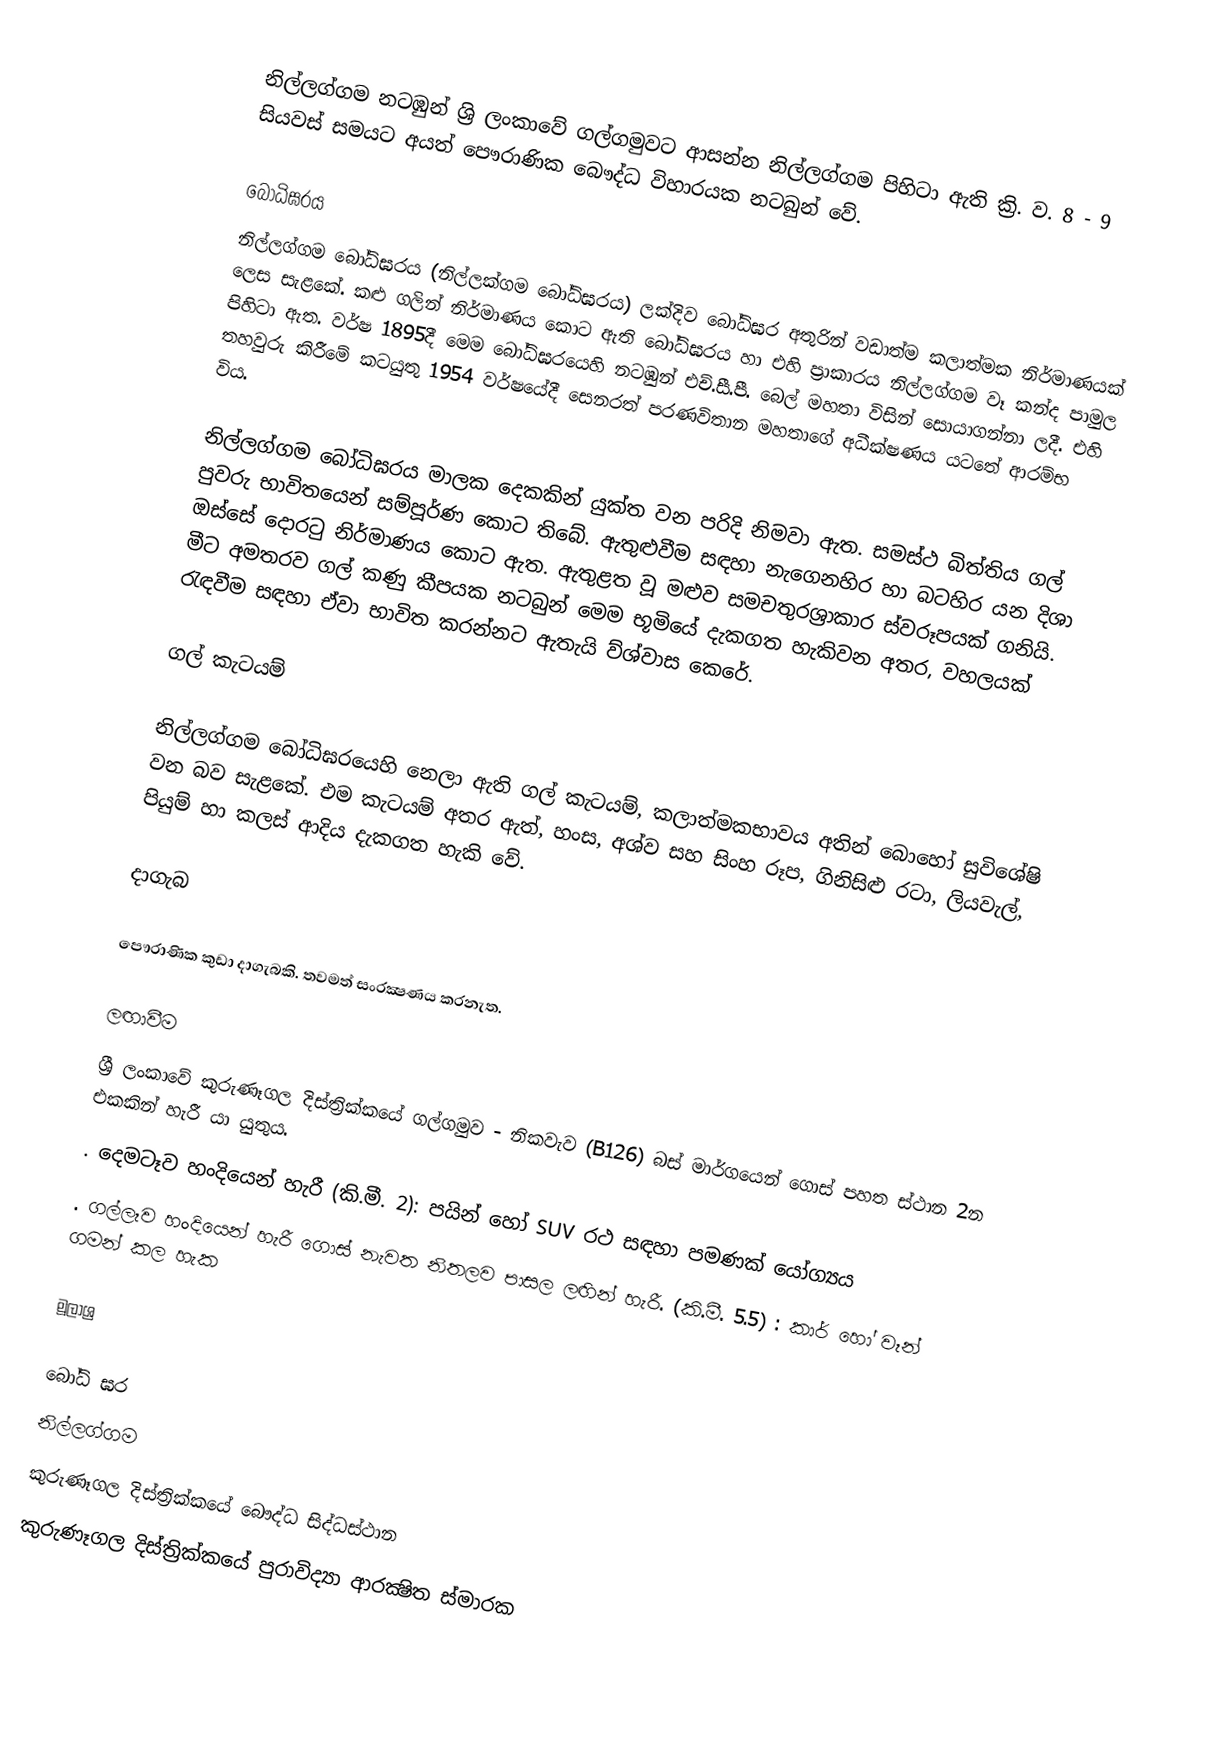
නිල්ලග්ගම නටඹුන් ශ්‍රි ලංකාවේ ගල්ගමුවට ආසන්න නිල්ලග්ගම පිහිටා ඇති ක්‍රි. ව. 8 - 9 සියවස් සමයට අයත් පෞරාණික බෞද්ධ විහාරයක නටබුන් වේ.

බෝධිඝරය
නිල්ලග්ගම බෝධිඝරය (නිල්ලක්ගම බෝධිඝරය) ලක්දිව බෝධිඝර අතුරින් වඩාත්ම කලාත්මක නිර්මාණයක් ලෙස සැළකේ. කළු ගලින් නිර්මාණය කොට ඇති බෝධිඝරය හා එහි ප්‍රාකාරය නිල්ලග්ගම වෑ කන්ද පාමුල පිහිටා ඇත. වර්ෂ 1895දී මෙම බෝධිඝරයෙහි නටඹුන් එච්.සී.පී. බෙල් මහතා විසින් සොයාගන්නා ලදී. එහි තහවුරු කිරීමේ කටයුතු 1954 වර්ෂයේදී සෙනරත් පරණවිතාන මහතාගේ අධීක්ෂණය යටතේ ආරම්භ විය.

නිල්ලග්ගම බෝධිඝරය මාලක දෙකකින් යුක්ත වන පරිදි නිමවා ඇත. සමස්ථ බිත්තිය ගල් පුවරු භාවිතයෙන් සම්පූර්ණ කොට තිබේ. ඇතුළුවීම සඳහා නැ‍ගෙනහිර හා බටහිර යන දිශා ඔස්සේ දොරටු නිර්මාණය කොට ඇත. ඇතුළත වූ මළුව සමචතුරශ්‍රාකාර ස්වරූපයක් ගනියි. මීට අමතරව ගල් කණු කීපයක නටබුන් මෙම භූමියේ දැකගත හැකිවන අතර, වහලයක් රැඳවීම සඳහා ඒවා භාවිත කරන්නට ඇතැයි ව්ශ්වාස කෙරේ.

ගල් කැටයම්

නිල්ලග්ගම බෝධිඝරයෙහි නෙලා ඇති ගල් කැටයම්, කලාත්මකභාවය අතින් බොහෝ සුවිශේෂි වන බව සැළකේ. එම කැටයම් අතර ඇත්, හංස, අශ්ව සහ සිංහ රූප, ගිනිසිළු රටා, ලියවැල්, පියුම් හා කලස් ආදිය දැකගත හැකි වේ.

දාගැබ

පෞරාණික කුඩා දාගැබකි. තවමත් සංරක්‍ෂණය කරනැත.

ලඟාවීම
ශ්‍රී ලංකාවේ කුරුණෑගල දිස්ත්‍රික්කයේ ගල්ගමුව - නිකවැව (B126) බස් මාර්ගයෙන් ගොස් පහත ස්ථාන 2න එකකින් හැරී යා යුතුය.
. දෙමටෑව හංදියෙන් හැරී (කි.මී. 2): පයින් හෝ SUV රථ සඳහා පමණක් යෝග්‍යය
. ගල්ලෑව හංදියෙන් හැරී ගොස් නැවත නිතලව පාසල ලඟින් හැරී. (කි.මී. 5.5) : කාර් හෝ වෑන් ගමන් කල හැක

මූලාශ්‍ර

බෝධි ඝර
නිල්ලග්ගම
කුරුණෑගල දිස්ත්‍රික්කයේ බෞද්ධ සිද්ධස්ථාන‎
කුරුණෑගල දිස්ත්‍රික්කයේ පුරාවිද්‍යා ආරක්‍ෂිත ස්මාරක